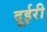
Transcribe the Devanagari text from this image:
दूईरी